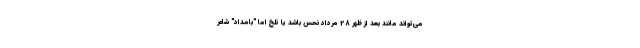
می‌تواند مانند بعد از ظهر 28 مرداد نحس باشد یا تلخ اما "بامدادِ" شاعر